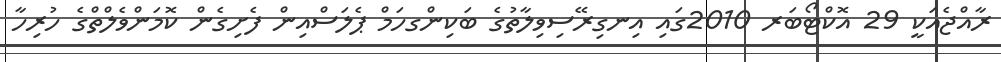
ރާއްޖެއަކީ 29 އޮކްޓޯބަރ 2010ގައި އިނގިރޭސިވިލާތުގެ ބަކިންގހަމް ޕެލަސްއިން ފެށިގެން ކޮމަންވެލްތްގެ ހުރިހާ